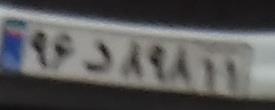
۹۶د۸۹۸۱۱